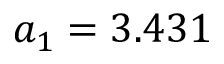
a _ { 1 } = 3 . 4 3 1